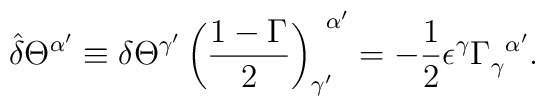
\hat{\delta}\Theta^{\alpha^{\prime}}\equiv\delta\Theta^{\gamma^{\prime}}\left({{1-\Gamma}\over 2}\right)^{\ \,\alpha^{\prime}}_{\gamma^{\prime}}=-{1\over 2}\epsilon^{\gamma}\Gamma^{\ \,\alpha^{\prime}}_{\gamma}.